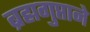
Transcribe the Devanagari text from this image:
ब्रह्मगुप्ताने